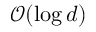
{ \mathcal { O } } ( \log d )